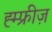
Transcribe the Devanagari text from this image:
ह्म्फ्रीज़